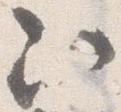
次